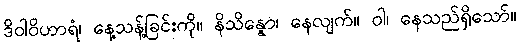
ဒိဝါဝိဟာရံ၊ နေ့သန့်ခြင်းကို။ နိသိန္နော၊ နေလျက်။ ဝါ၊ နေသည်ရှိသော်။